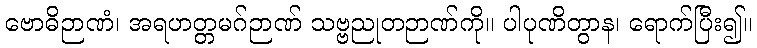
ဗောဓိဉာဏံ၊ အရဟတ္တမဂ်ဉာဏ် သဗ္ဗညုတဉာဏ်ကို။ ပါပုဏိတွာန၊ ရောက်ပြီး၍။